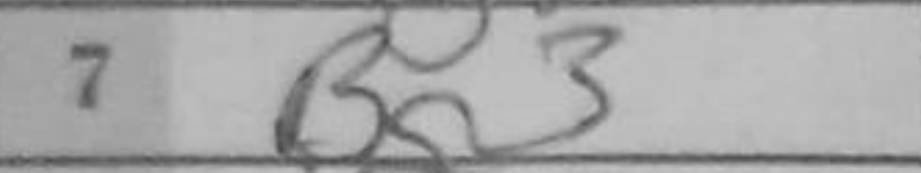
Transcription: Bg3